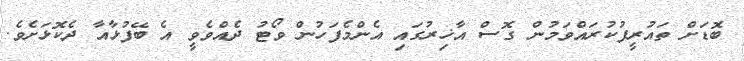
ބޮޑަށް ތައުރީފުކުރައްވަމުން ގޮސް އާޚިރުގައި އެންމެފަހުން ވޯޓު ދެއްވެވީ އެ ބޭފުޅާއާ ދެކޮޅަށެވެ.